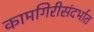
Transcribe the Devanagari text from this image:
कामगिरीसंदर्भात